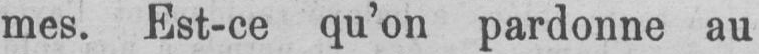
mes. Est-ce qu’on pardonne au